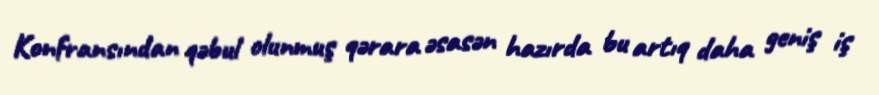
Konfransından qəbul olunmuş qərara əsasən hazırda bu artıq daha geniş iş